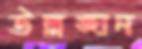
উল্লঙ্ঘন